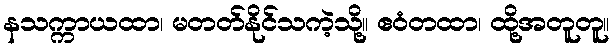
နသက္ကာယထာ၊ မတတ်နိုင်သကဲ့သို့။ ဧဝံတထာ၊ ထို့အတူတူ။